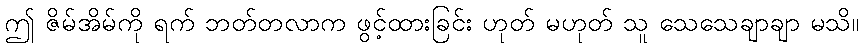
ဤ ဇိမ်အိမ်ကို ရက် ဘတ်တလာက ဖွင့်ထားခြင်း ဟုတ် မဟုတ် သူ သေသေချာချာ မသိ။